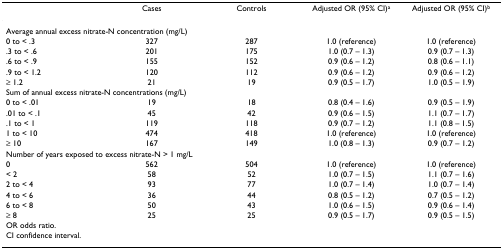
|  | Cases | Controls | Adjusted OR (95% CI)a | Adjusted OR (95% CI)b |
 | --- | --- | --- | --- | --- |
 | <COLSPAN=5> Average annual excess nitrate-N concentration (mg/L) |
 | 0 to < .3 | 327 | 287 | 1.0 (reference) | 1.0 (reference) |
 | .3 to < .6 | 201 | 175 | 1.0 (0.7 – 1.3) | 0.9 (0.7 – 1.3) |
 | .6 to < .9 | 155 | 152 | 0.9 (0.6 – 1.2) | 0.8 (0.6 – 1.1) |
 | .9 to < 1.2 | 120 | 112 | 0.9 (0.6 – 1.2) | 0.9 (0.6 – 1.2) |
 | ≥ 1.2 | 21 | 19 | 0.9 (0.5 – 1.7) | 1.0 (0.5 – 1.9) |
 | <COLSPAN=5> Sum of annual excess nitrate-N concentrations (mg/L) |
 | 0 to < .01 | 19 | 18 | 0.8 (0.4 – 1.6) | 0.9 (0.5 – 1.9) |
 | .01 to < .1 | 45 | 42 | 0.9 (0.6 – 1.5) | 1.1 (0.7 – 1.7) |
 | .1 to < 1 | 119 | 118 | 0.9 (0.7 – 1.2) | 1.1 (0.8 – 1.5) |
 | 1 to < 10 | 474 | 418 | 1.0 (reference) | 1.0 (reference) |
 | ≥ 10 | 167 | 149 | 1.0 (0.8 – 1.3) | 0.9 (0.7 – 1.2) |  |
 | <COLSPAN=5> Number of years exposed to excess nitrate-N > 1 mg/L |
 | 0 | 562 | 504 | 1.0 (reference) | 1.0 (reference) |
 | < 2 | 58 | 52 | 1.0 (0.7 – 1.5) | 1.1 (0.7 – 1.6) |
 | 2 to < 4 | 93 | 77 | 1.0 (0.7 – 1.4) | 1.0 (0.7 – 1.4) |
 | 4 to < 6 | 36 | 44 | 0.8 (0.5 – 1.2) | 0.7 (0.5 – 1.2) |
 | 6 to < 8 | 50 | 43 | 1.0 (0.6 – 1.5) | 0.9 (0.6 – 1.4) |
 | ≥ 8 | 25 | 25 | 0.9 (0.5 – 1.7) | 0.9 (0.5 – 1.5) |
 | <COLSPAN=2> OR odds ratio.CI confidence interval. |  |  |  |